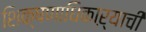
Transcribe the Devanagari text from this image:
शिक्षणाधिकाऱ्याची